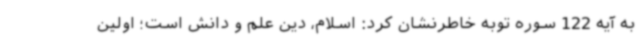
به آیه 122 سوره توبه خاطرنشان کرد: اسلام، دین علم و دانش است؛ اولین